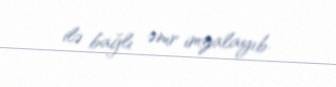
ilə bağlı əmr imzalayıb.